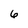
Character: 6